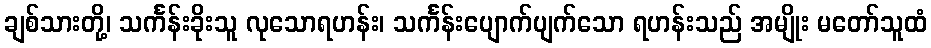
ချစ်သားတို့၊ သင်္ကန်းခိုးသူ လုသောရဟန်း၊ သင်္ကန်းပျောက်ပျက်သော ရဟန်းသည် အမျိုး မတော်သူထံ